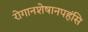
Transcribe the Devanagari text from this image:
रोगानशेषानपहंसि